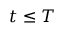
t \le T